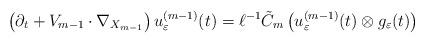
LaTeX: \begin{align*}\left( \partial_t + V_{m-1} \cdot \nabla_{X_{m-1}}\right) u_\varepsilon^{(m-1)} (t)= \ell^{-1} \tilde{C}_m \left( u_\varepsilon^{(m-1)} (t) \otimes g_{\varepsilon}(t)\right)\end{align*}